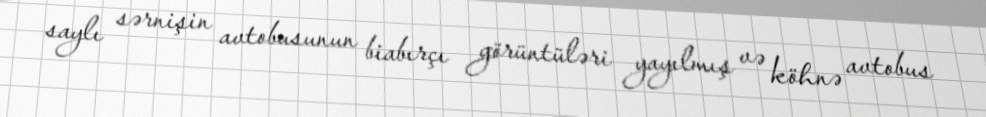
saylı sərnişin avtobusunun biabırçı görüntüləri yayılmış və köhnə avtobus